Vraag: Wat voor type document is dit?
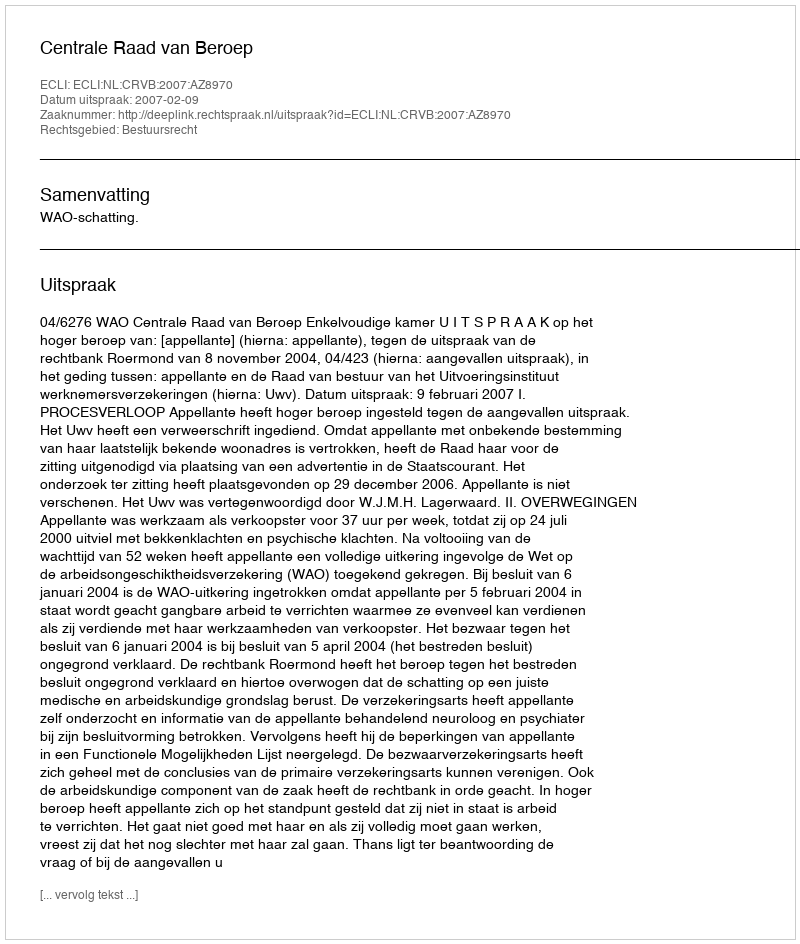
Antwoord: Uitspraak